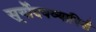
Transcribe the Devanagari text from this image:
सूर्योदयव्यापिनी